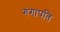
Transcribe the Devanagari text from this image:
गंगापति